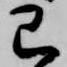
已